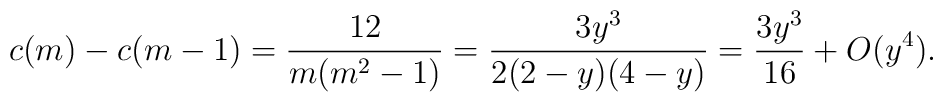
c(m)-c(m-1)=\frac{12}{m(m^2-1)}=\frac{3y^3}{2(2-y)(4-y)}=\frac{3 y^3}{16}+O(y^4).